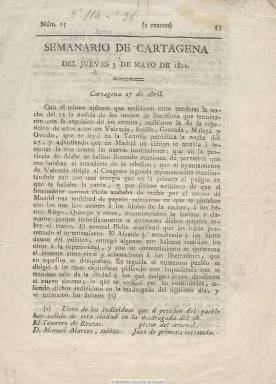
Título: Semanario de Cartagena
Colección: Periódicos anteriores a 1850
Ámbito geográfico: Murcia
Lugar de publicación: Cartagena
Fechas: 03/05/1821-03/05/1821

Uno de los periódicos de corta existencia que eclosionan en esta ciudad durante el Trienio Liberal, editado, probablemente, según los datos recabados por Gil Novales (1975) por el cirujano de la Armada y miembro de la Sociedad de los Virtuosos Descamisados Manuel de Navas, que usó en la prensa del periodo el anagrama Vasan para firmar sus artículos, y que sería desterrado a Cádiz en julio de 1822. Su impresor es el también liberal y constitucionalista Ramón Puchol.

De periodicidad semanal, de cuatro páginas y compuesto a una columna, el único ejemplar que se conoce es el número 15, correspondiente al jueves, tres de mayo de 1821, procedente de la absorbida Hemeroteca Nacional. Comienza con una noticia, fechada en Cartagena el 27 de abril, sobre las noticias leídas en la Tertulia Política de esta ciudad sobre la expulsión de serviles en Barcelona, Valencia, Sevilla, Granada, Málaga y Oviedo, y continúa con la lista de los serviles que son obligados a salir de Cartagena. También incluye un artículo comunicado del corresponsal D.A.J. desde Mazarrón dando la noticia de la creación de la Milicia Nacional en esta población.

En relación con esta publicación, la BNE dispone de una hoja suelta impresa también por Puchol titulada Contestación al Suplemento segundo al Semanario de Cartagena del jueves 5 de julio, de la que Gil Novales recaba el seudónimo El Consabido.